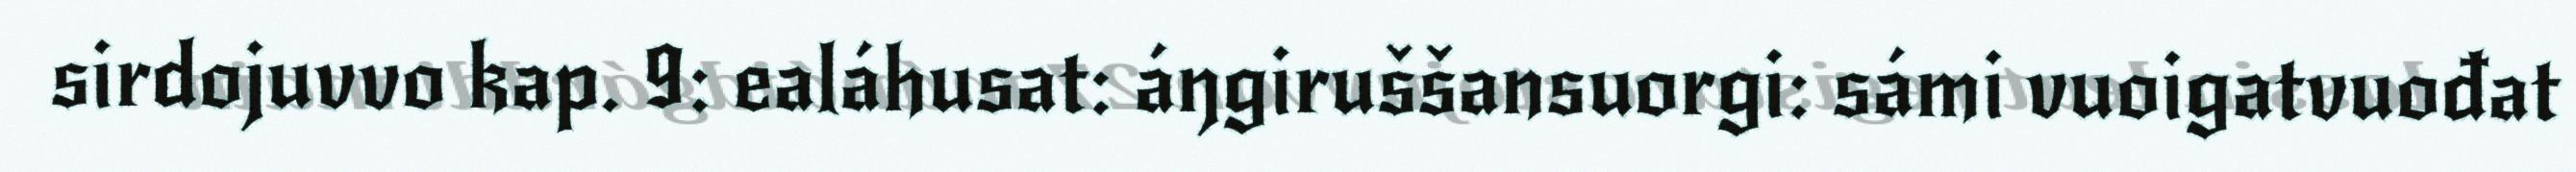
sirdojuvvo kap. 9: ealáhusat: áŋgiruššansuorgi: sámi vuoigatvuođat